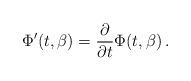
LaTeX: \begin{align*}\Phi'(t, \beta)=\frac{\partial}{\partial t} \Phi(t, \beta)\,.\end{align*}